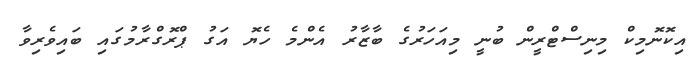
އިކޮނޮމިކް މިނިސްޓްރީން ބުނީ މިއަހަރުގެ ބާޒާރު އެންމެ ހެޔޮ އަގު ޕްރޮގްރާމުގައި ބައިވެރިވާ